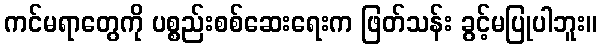
ကင်မရာတွေကို ပစ္စည်းစစ်ဆေးရေးက ဖြတ်သန်း ခွင့်မပြုပါဘူး။